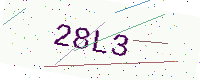
Text: 28L3